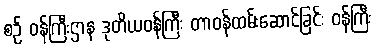
စဉ် ဝန်ကြီးဌာန ဒုတိယဝန်ကြီး တာဝန်ထမ်းဆောင်ခြင်း ဝန်ကြီး